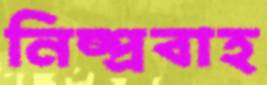
নিষ্প্রবাহ